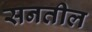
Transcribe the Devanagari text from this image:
सनतील